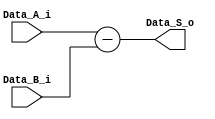
`ifdef PRESTO
	always $display("Instanciacion: Mult de Francis, SW: %d",SW);
`endif`ifdef PRESTO
	always $display("Instanciacion: Mult de Francis, SW: %d",SW);
`endif`timescale 1ns / 1ps
//////////////////////////////////////////////////////////////////////////////////
// Company: 
// Engineer: 
// 
// Design Name: 
// Module Name: substractor
// Project Name: 
// Target Devices: 
// Tool Versions: 
// Description: 
// 
// Dependencies: 
// 
// Revision:
// Revision 0.01 - File Created
// Additional Comments:
// 
//////////////////////////////////////////////////////////////////////////////////


module substractor
    # (parameter W = 32) (
    input wire [W-1:0] Data_A_i,
    input wire [W-1:0] Data_B_i,
    output reg [W-1:0] Data_S_o
    );
    
        always @*
            Data_S_o <= Data_A_i - Data_B_i;
`ifdef PRESTO
	always $display("Instanciacion: substractor de Francis, SW: %d",W);
`endif
endmodule